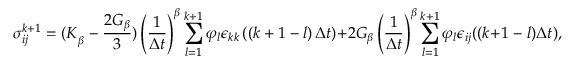
\sigma _ { i j } ^ { k + 1 } = { ( K } _ { \beta } \ - \ \frac { 2 G _ { \beta } } { 3 } ) \left( \frac { 1 } { \Delta t } \right) ^ { \beta } \sum _ { l = 1 } ^ { k + 1 } \varphi _ { l } \epsilon _ { k k } \left( \left( k + 1 - l \right) \Delta t \right) + 2 G _ { \beta } \left( \frac { 1 } { \Delta t } \right) ^ { \beta } \sum _ { l = 1 } ^ { k + 1 } \varphi _ { l } \epsilon _ { i j } ( ( k + 1 \ - \ l ) \Delta t ) ,